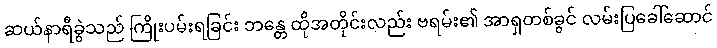
ဆယ်နာရီခွဲသည် ကြိုးပမ်းရခြင်း ဘန္တေ ထိုအတိုင်းလည်း ဗရမ်း၏ အာရှတစ်ခွင် လမ်းပြခေါ်ဆောင်